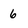
Character: 6